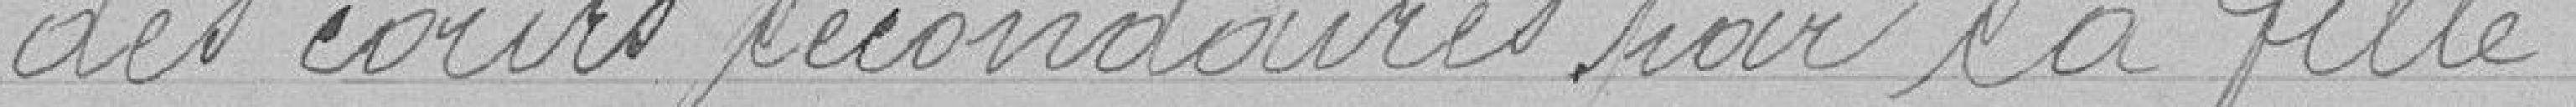
des cours secondaires de sa fille.